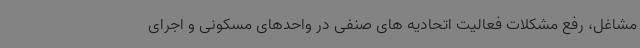
مشاغل، رفع مشکلات فعالیت اتحادیه های صنفی در واحدهای مسکونی و اجرای